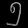
Digit: ၅